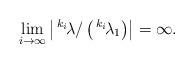
LaTeX: \begin{align*}\lim\limits_{i\to\infty} \left| \,^{k_i}\!\lambda/\left( \,^{k_i}\!\lambda_1\right)\right|=\infty.\end{align*}